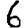
Digit: 6